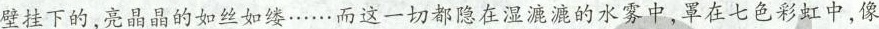
壁挂下的，亮晶晶的如丝如缕……而这一切都隐在湿漉漉的水雾中，罩在七色彩虹中，像